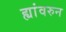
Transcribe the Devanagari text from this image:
ह्यांवरुन